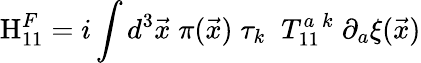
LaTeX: \mathrm{H}_{11}^{F}=i\int d^{3}{\vec{x}}\; \pi({\vec{x}})\; \tau_{k}\; \; T_{11}^{a\; k}\; \partial_{a}{\xi}(\vec{x})